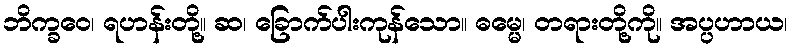
ဘိက္ခဝေ၊ ရဟန်းတို့။ ဆ၊ ခြောက်ပါးကုန်သော။ ဓမ္မေ၊ တရားတို့ကို။ အပ္ပဟာယ၊